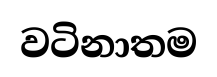
වටිනාතම